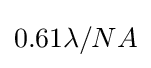
0.61\lambda /NA